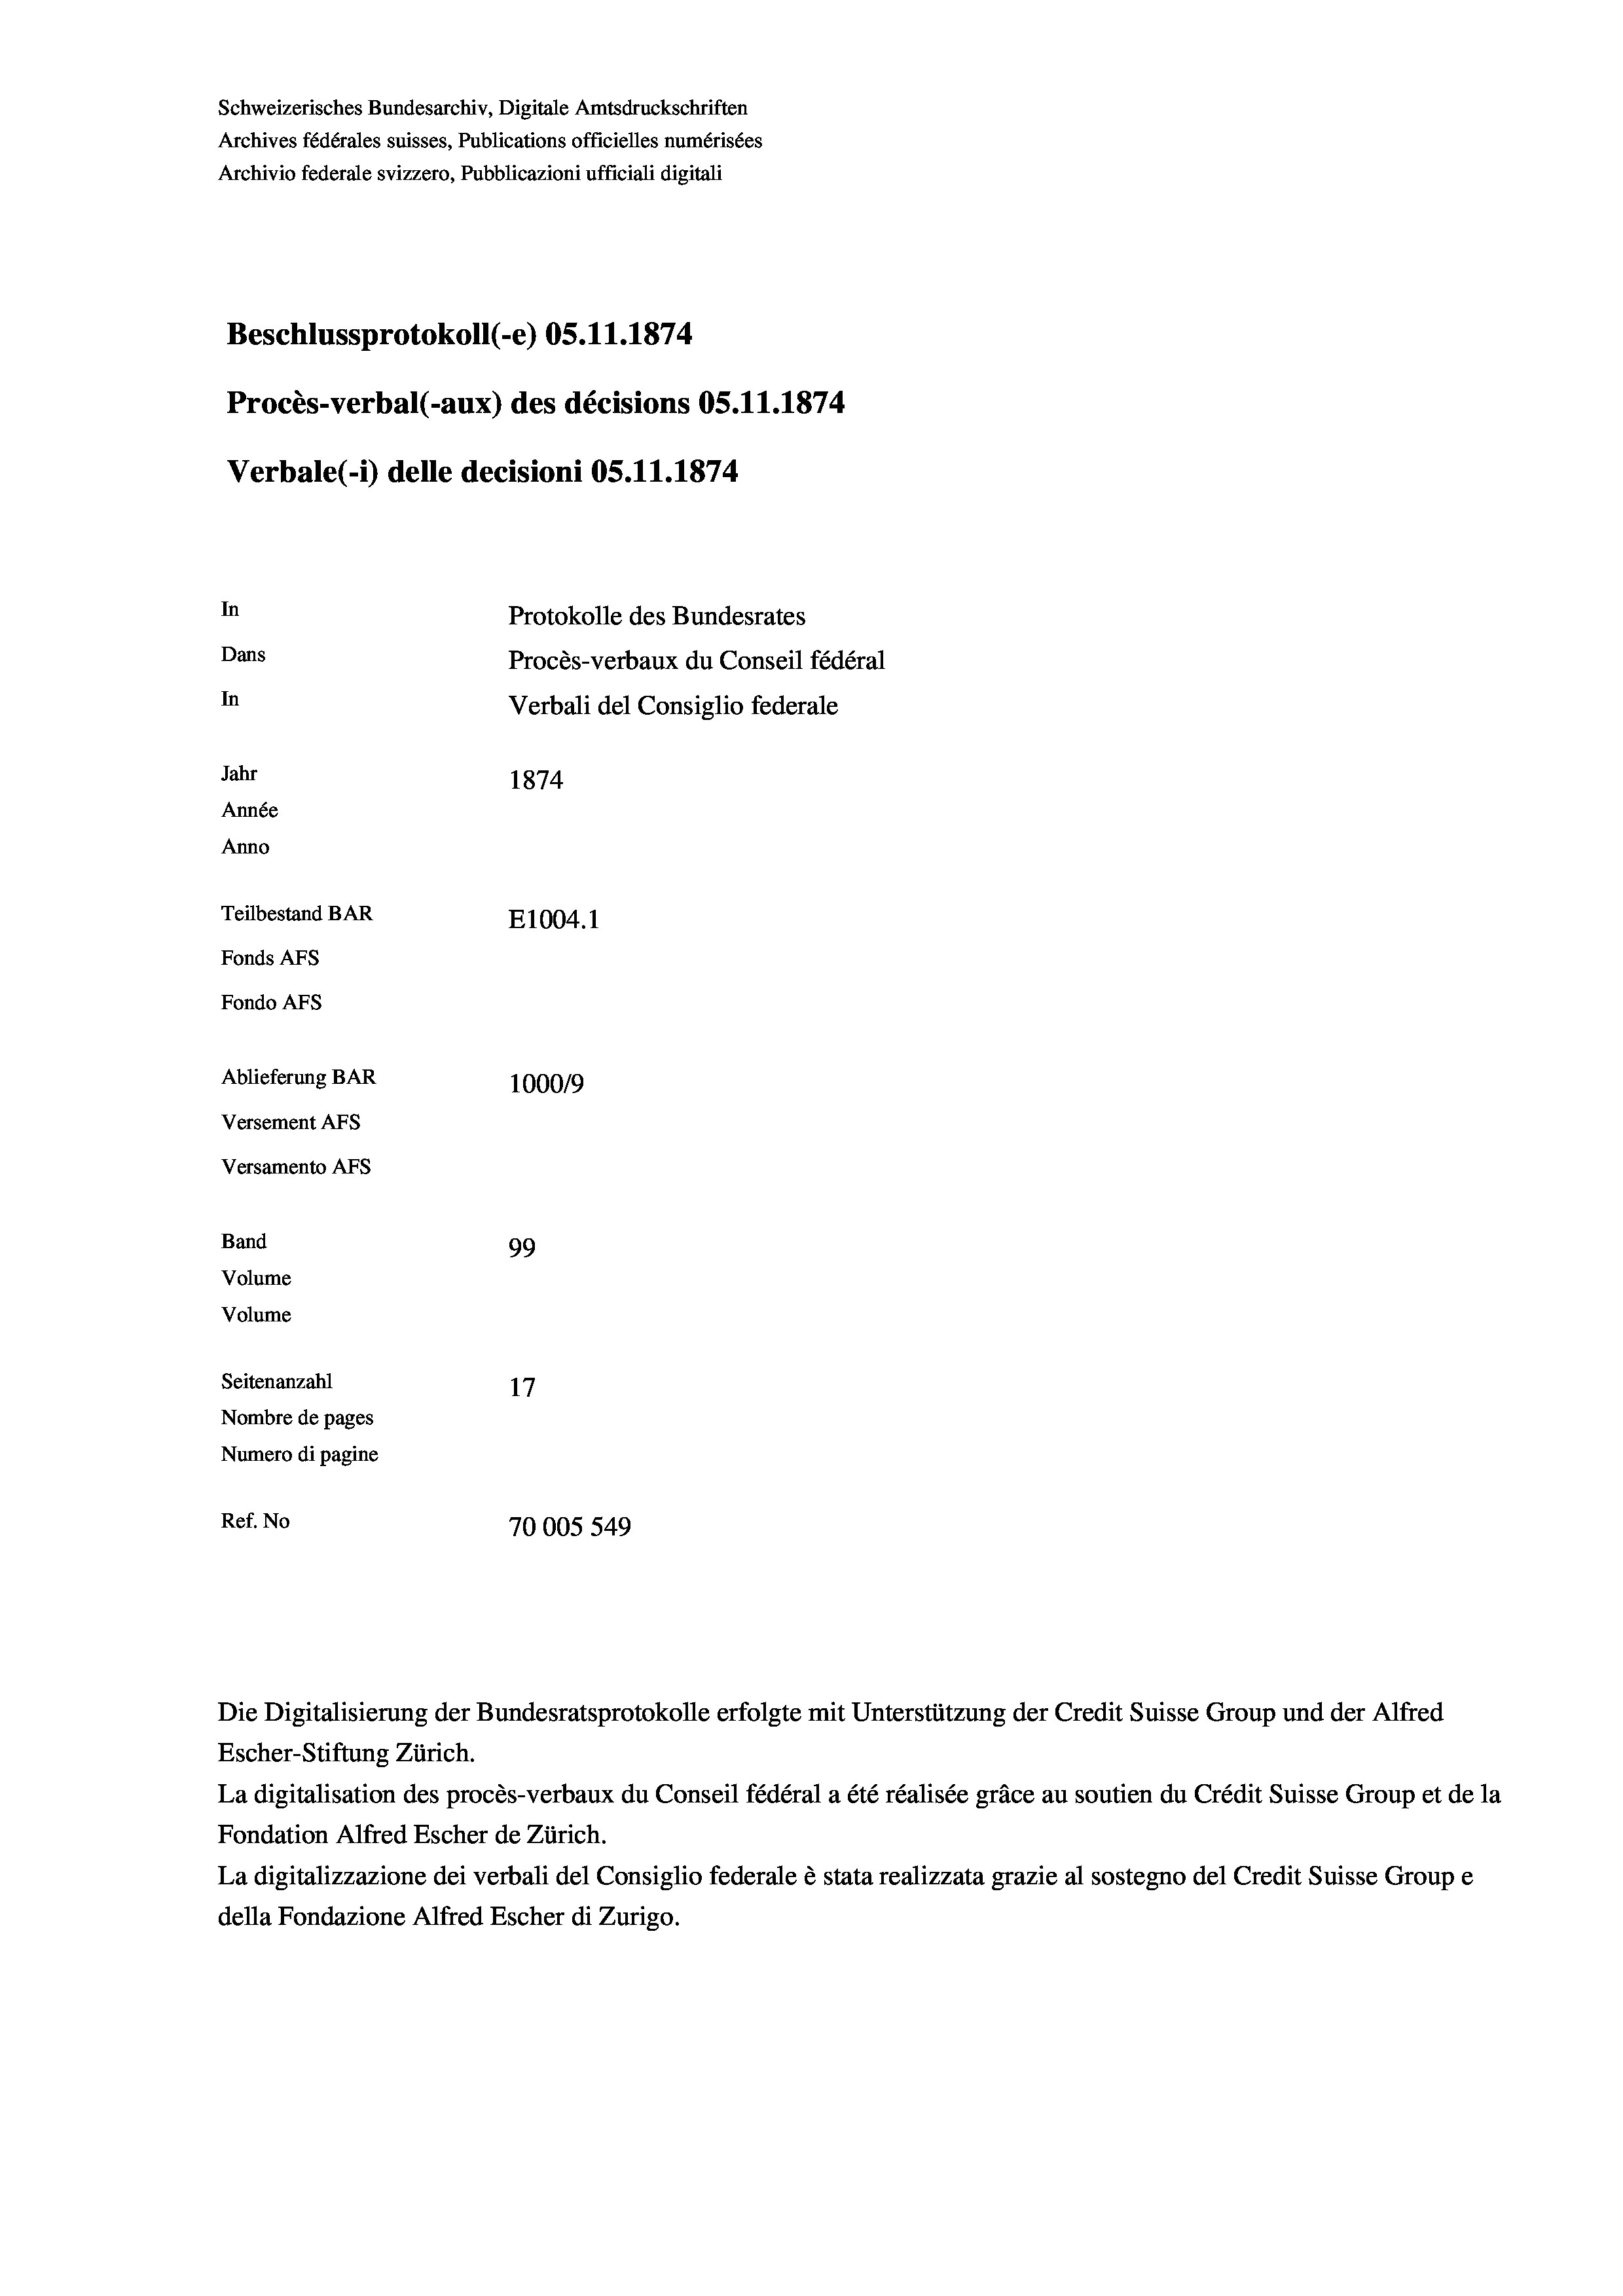
Schweizerisches Bundesarchiv, Digitale Amtsdruckschriften
Archives fédérales suisses, Publications officielles numérisées
Archivio federale svizzero, Pubblicazioni ufficiali digitali
Beschlussprotokoll (-e) OS.11.1874
Procès-verbal (-aux) des décisions OS.11.1874
Verbale(-*) delle decisioni OS.11.1874
In
Protokolle des Bundesrates
Dans
Procès-verbaux du Conseil fédéral
In
Verbali del Consiglio federale
Jahr
1874
Année
Anno
Teilbestand BAR
E1004.1
Fonds AFs
Fondo AFs
Ablieferung BAR
1000/9
Versement Abs
Versamento Afs
Band
99
Volume
Volume

Seitenanzahl
17
Nombre de pages
Numero di pagine
Ref. No
70005549

Die Digitalisierung der Bundesratsprotokolle erfolgte mit Unterstützung der Credit Suisse Group und der Alfred
Escher-Stiftung Zürich.
La digitalisation des procès-verbaux du Conseil fédéral a été réalisée gräce au soutien du Crédit Suisse Group et de la
Fondation Alfred Escher de Zürich.
La digitalizzazione dei verbali del Consiglio federale è stata realizzata grazie al sostegno del Credit Suisse Groupe
della Fondazione Alfred Escher di Zurigo.